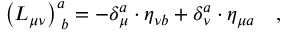
\left( L _ { \mu \nu } \right) _ { \; b } ^ { a } = - \delta _ { \mu } ^ { a } \cdot \eta _ { \nu b } + \delta _ { \nu } ^ { a } \cdot \eta _ { \mu a } \quad ,